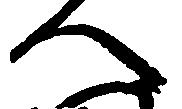
へ